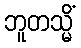
ဘူတသ္မိံ